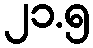
၂၁.၅